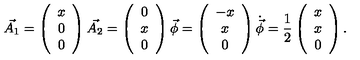
\vec { A _ { 1 } } = \left( \begin{array} { c } { x } \\ { 0 } \\ { 0 } \\ \end{array} \right) \vec { A _ { 2 } } = \left( \begin{array} { c } { 0 } \\ { x } \\ { 0 } \\ \end{array} \right) \vec { \phi } = \left( \begin{array} { c } { - x } \\ { x } \\ { 0 } \\ \end{array} \right) \dot { \vec { \phi } } = \frac { 1 } { 2 } \left( \begin{array} { c } { x } \\ { x } \\ { 0 } \\ \end{array} \right) .